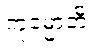
ကုမ္မောတိ